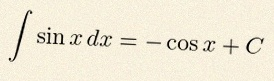
\int \sin x\,dx=-\cos x+C